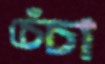
চেঁচা